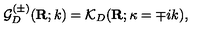
{ \mathcal G } _ { { D } } ^ { ( \pm ) } ( { \bf R } ; k ) = { \mathcal K } _ { { D } } ( { \bf R } ; \kappa = \mp i k ) ,